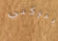
يتركني